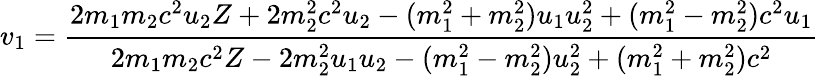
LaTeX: v_{1}={\frac{2m_{1}m_{2}c^{2}u_{2}Z+2m_{2}^{2}c^{2}u_{2}-(m_{1}^{2}+m_{2}^{2})u_{1}u_{2}^{2}+(m_{1}^{2}-m_{2}^{2})c^{2}u_{1}}{2m_{1}m_{2}c^{2}Z-2m_{2}^{2}u_{1}u_{2}-(m_{1}^{2}-m_{2}^{2})u_{2}^{2}+(m_{1}^{2}+m_{2}^{2})c^{2}}}